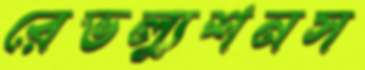
রেভল্যুশনস